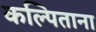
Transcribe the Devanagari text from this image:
कल्पिताना